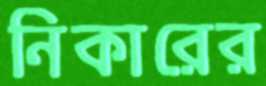
নিকারের